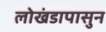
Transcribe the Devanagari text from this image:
लोखंडापासुन